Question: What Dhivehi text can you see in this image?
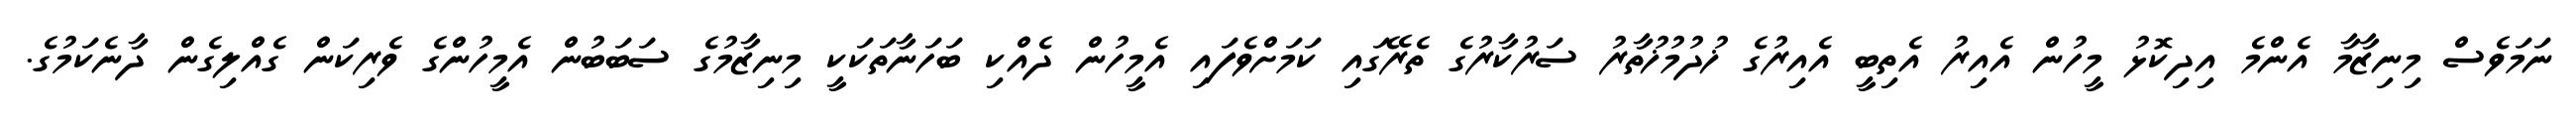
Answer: ނަމަވެސް މިނިޒާމާ އެންމެ އިދިކޮޅު މީހުން އެއިރު އެތިބީ އެއިރުގެ ޚުދުމުޚުތާރު ސަރުކާރުގެ ތެރޭގައި ކަމަށްވެފައި އެމީހުން ދެއްކި ބަހަނާތަކަކީ މިނިޒާމުގެ ސަބަބުން އެމީހުންގެ ވެރިކަން ގެއްލިގެން ދާނެކަމުގެ.